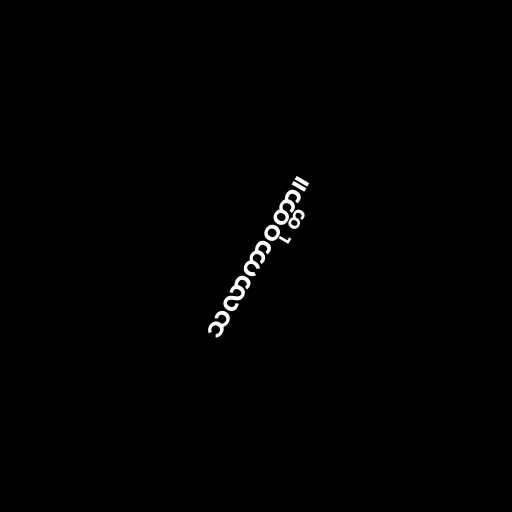
သလာကာဝုတ္တာ။